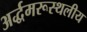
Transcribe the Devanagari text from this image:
अर्द्धमरूस्थलीय